Vaccination returns of the Province of Eastern Bengal and Assam - 1905-1912
Year: 1905
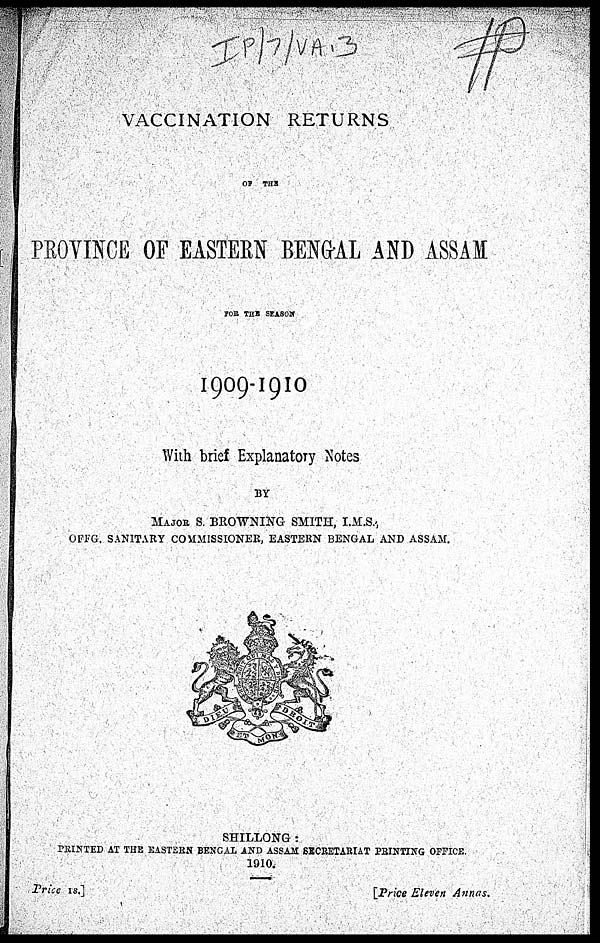
VACCINATION RETURNS
OF THE
PROVINCE OF EASTERN BENGAL AND ASSAM
FOR THE SEASON
1909-1910
With brief Explanatory Notes
BY
MAJOR S. BROWNING SMITH, I.M.S.,
OFFG. SANITARY COMMISSIONER, EASTERN BENGAL AND ASSAM.
SHILLONG :
PRINTED AT THE EASTERN BENGAL AND ASSAM SECRETARIAT PRINTING OFFICE.
1910.
Price 1s.]
[Price Eleven Annas.